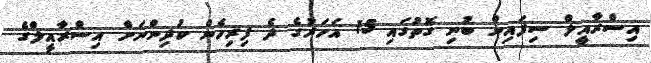
އިސްރާއީލް ސިފައިން ބުނި ގޮތުގައި 15 އަހަރުގެ ދެ ފިރިހެން ކުދިންނަށް އިސްރާއީލްގެ